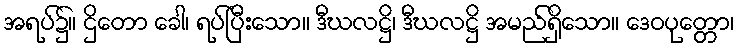
အရပ်၌။ ဌိတော ခေါ၊ ရပ်ပြီးသော။ ဒီဃလဋ္ဌိ၊ ဒီဃလဋ္ဌိ အမည်ရှိသော။ ဒေဝပုတ္တော၊